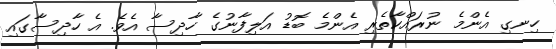
ހިނގި އެންމެ ނުރައްކާތެރި އެންމެ ބޮޑު އަލިފާނުގެ ހާދިސާ އެވެ. އެ ހާދިސާގައި